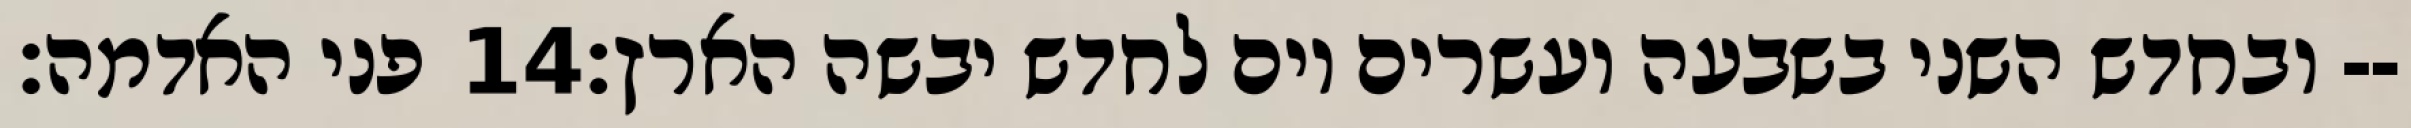
פני האדמה׃ ‎14‏ ובחדש השני בשבעה ועשרים יום לחדש יבשה הארץ׃--